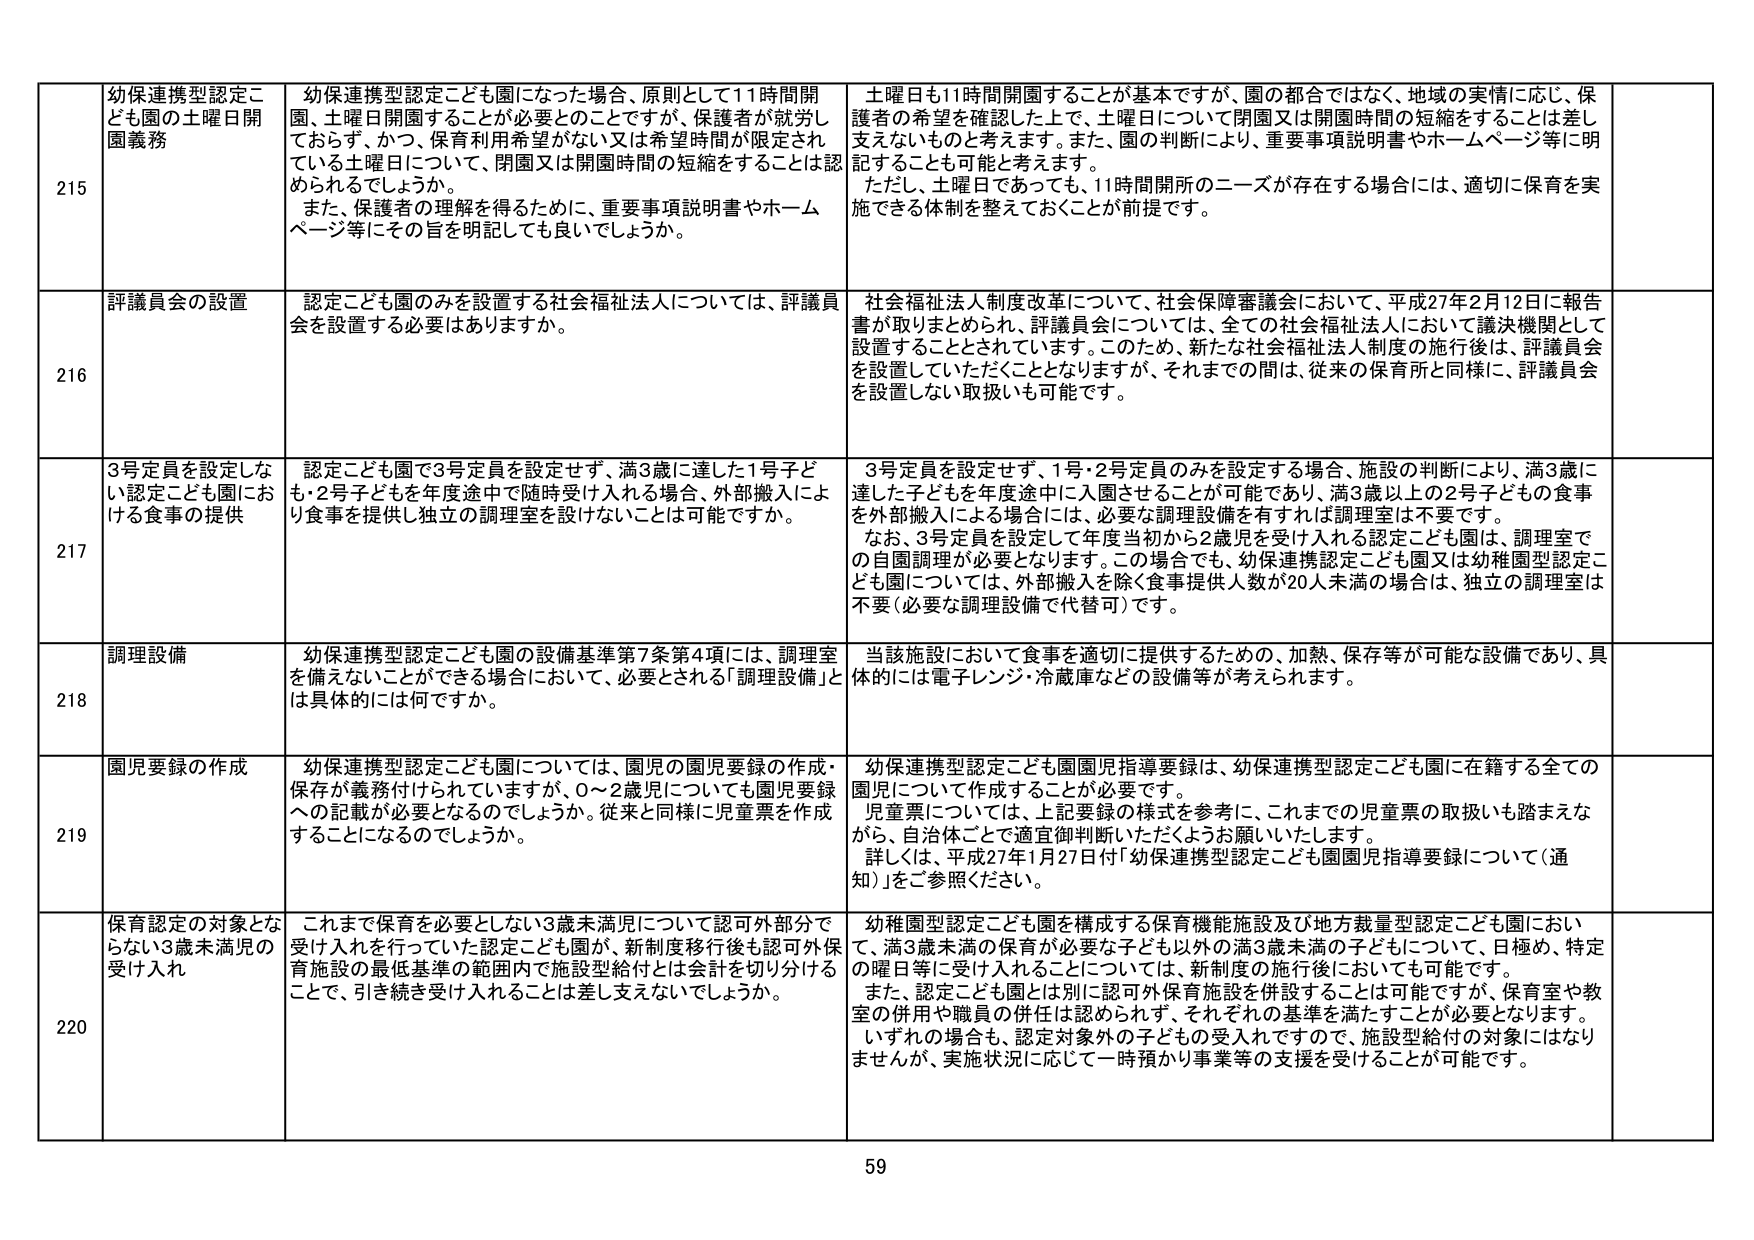
215 幼保連携型認定こども園の土曜日開園義務
幼保連携型認定こども園になった場合、原則として11時間開園、土曜日開園することが必要とのことですが、保護者が就労しておらず、かつ、保育利用希望がない又は希望時間が限定されている土曜日について、閉園又は開園時間の短縮をすることは認められるでしょうか。
また、保護者の理解を得るために、重要事項説明書やホームページ等にその旨を明記しても良いでしょうか。
土曜日も11時間開園することが基本ですが、園の都合ではなく、地域の実情に応じ、保護者の希望を確認した上で、土曜日について閉園又は開園時間の短縮をすることは差し支えないものと考えます。また、園の判断により、重要事項説明書やホームページ等に明記することも可能と考えます。
ただし、土曜日であっても、11時間開所のニーズが存在する場合には、適切に保育を実施できる体制を整えておくことが前提です。

216 評議員会の設置
認定こども園のみを設置する社会福祉法人については、評議員会を設置する必要がありますか。
社会福祉法人制度改革について、社会保障審議会において、平成27年2月12日に報告書が取りまとめられ、評議員会については、全ての社会福祉法人において議決機関として設置することとされています。このため、新たな社会福祉法人制度の施行後は、評議員会を設置していただくこととなりますが、それまでの間は、従来の保育所と同様に、評議員会を設置しない取扱いも可能です。

217 3号定員を設定しない認定こども園における食事の提供
認定こども園で3号定員を設定せず、満3歳に達した1号子ども・2号子どもを年度途中で随時受け入れる場合、外部搬入により食事を提供し独立の調理室を設けないことは可能ですか。
3号定員を設定せず、1号・2号定員のみを設定する場合、施設の判断により、満3歳に達した子どもを年度途中に入園させることが可能であり、満3歳以上の2号子どもの食事を外部搬入による場合には、必要な調理設備を有すれば調理室は不要です。
なお、3号定員を設定して年度当初から2歳児を受け入れる認定こども園は、調理室での自園調理が必要となります。この場合でも、幼保連携認定こども園又は幼稚園型認定こども園については、外部搬入を除く食事提供人数が20人未満の場合は、独立の調理室は不要（必要な調理設備で代替可）です。

218 調理設備
幼保連携型認定こども園の設備基準第7条第4項には、調理室を備えないことができる場合において、必要とされる「調理設備」とは具体的には何ですか。
当該施設において食事を適切に提供するための、加熱、保存等が可能な設備であり、具体的には電子レンジ・冷蔵庫などの設備等が考えられます。

219 園児要録の作成
幼保連携型認定こども園については、園児の園児要録の作成・保存が義務付けられていますが、0～2歳児についても園児要録への記載が必要となるのでしょうか。従来と同様に児童票を作成することになるのでしょうか。
幼保連携型認定こども園園児指導要録は、幼保連携型認定こども園に在籍する全ての園児について作成することが必要です。
児童票については、上記要録の様式を参考に、これまでの児童票の取扱いも踏まえながら、自治体ごとで適宜御判断いただくようお願いいたします。
詳しくは、平成27年1月27日付「幼保連携型認定こども園園児指導要録について（通知）」をご参照ください。

220 保育認定の対象とならない3歳未満児の受け入れ
これまで保育を必要としない3歳未満児について認可外部で受け入れを行っていた認定こども園が、新制度移行後も認可外保育施設の最低基準の範囲内で施設型給付とは会計を切り分けることで、引き続き受け入れることは差し支えないでしょうか。
幼稚園型認定こども園を構成する保育機能施設及び地方裁量型認定こども園において、満3歳未満の保育が必要な子ども以外の満3歳未満の子どもについて、日極め、特定の曜日等に受け入れることについては、新制度の施行後においても可能です。
また、認定こども園とは別に認可外保育施設を併設することは可能ですが、保育室や教室の併用や職員の併任は認められ、それぞれの基準を満たすことが必要となります。
いずれの場合も、認定対象外の子どもの受入れですので、施設型給付の対象にはなりませんが、実施状況に応じて一時預かり事業等の支援を受けることが可能です。

59